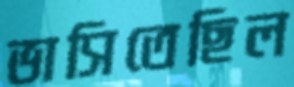
ভাসিতেছিল